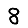
Digit: 8